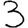
Digit: 3